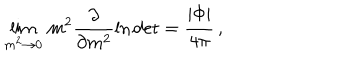
LaTeX: \lim _ { m ^ { 2 } \to 0 } \, m ^ { 2 } \frac { \partial } { \partial m ^ { 2 } } \ln \mathrm { d e t } = \frac { | \Phi | } { 4 \pi } \, ,